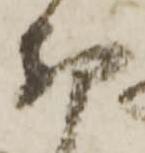
布